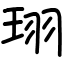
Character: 珝